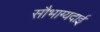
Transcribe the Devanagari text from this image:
सौभाग्यदाई